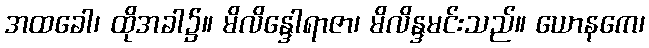
အထခေါ၊ ထိုအခါ၌။ မိလိန္ဒေါရာဇာ၊ မိလိန္ဒမင်းသည်။ ယောနကေ၊